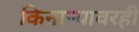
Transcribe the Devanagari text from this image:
किनाऱ्यावरही